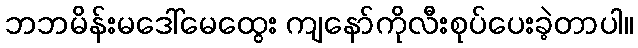
ဘဘမိန်းမဒေါ်မေထွေး ကျနော်ကိုလီးစုပ်ပေးခဲ့တာပါ။